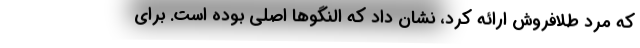
که مرد طلافروش ارائه کرد، نشان داد که النگو‌ها اصلی بوده است. برای